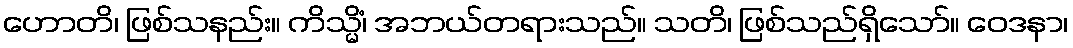
ဟောတိ၊ ဖြစ်သနည်း။ ကိသ္မိံ၊ အဘယ်တရားသည်။ သတိ၊ ဖြစ်သည်ရှိသော်။ ဝေဒနာ၊